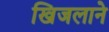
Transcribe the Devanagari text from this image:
खिजलाने